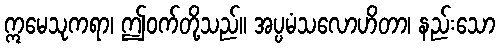
ဣမေသုကရာ၊ ဤဝက်တို့သည်။ အပ္ပမံသလောဟိတာ၊ နည်းသော